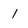
Character: 1